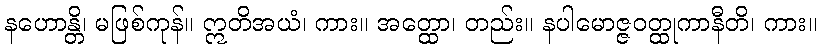
နဟောန္တိ၊ မဖြစ်ကုန်။ ဣတိအယံ၊ ကား။ အတ္ထော၊ တည်း။ နပါမောဇ္ဇဝတ္ထုကာနီတိ၊ ကား။